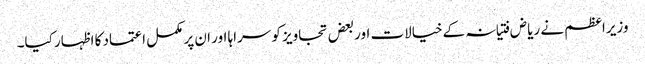
وزیراعظم نے ریاض فتیانہ کےخیالات اوربعض تجاویز کو سراہا اور ان پر مکمل اعتماد کا اظہار کیا۔